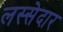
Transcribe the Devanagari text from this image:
लस्सेदार